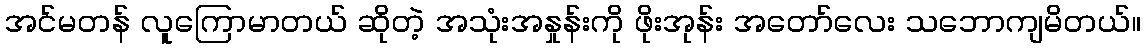
အင်မတန် လူကြောမာတယ် ဆိုတဲ့ အသုံးအနှုန်းကို ဖိုးအုန်း အတော်လေး သဘောကျမိတယ်။